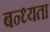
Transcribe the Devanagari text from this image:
बन्ध्यता